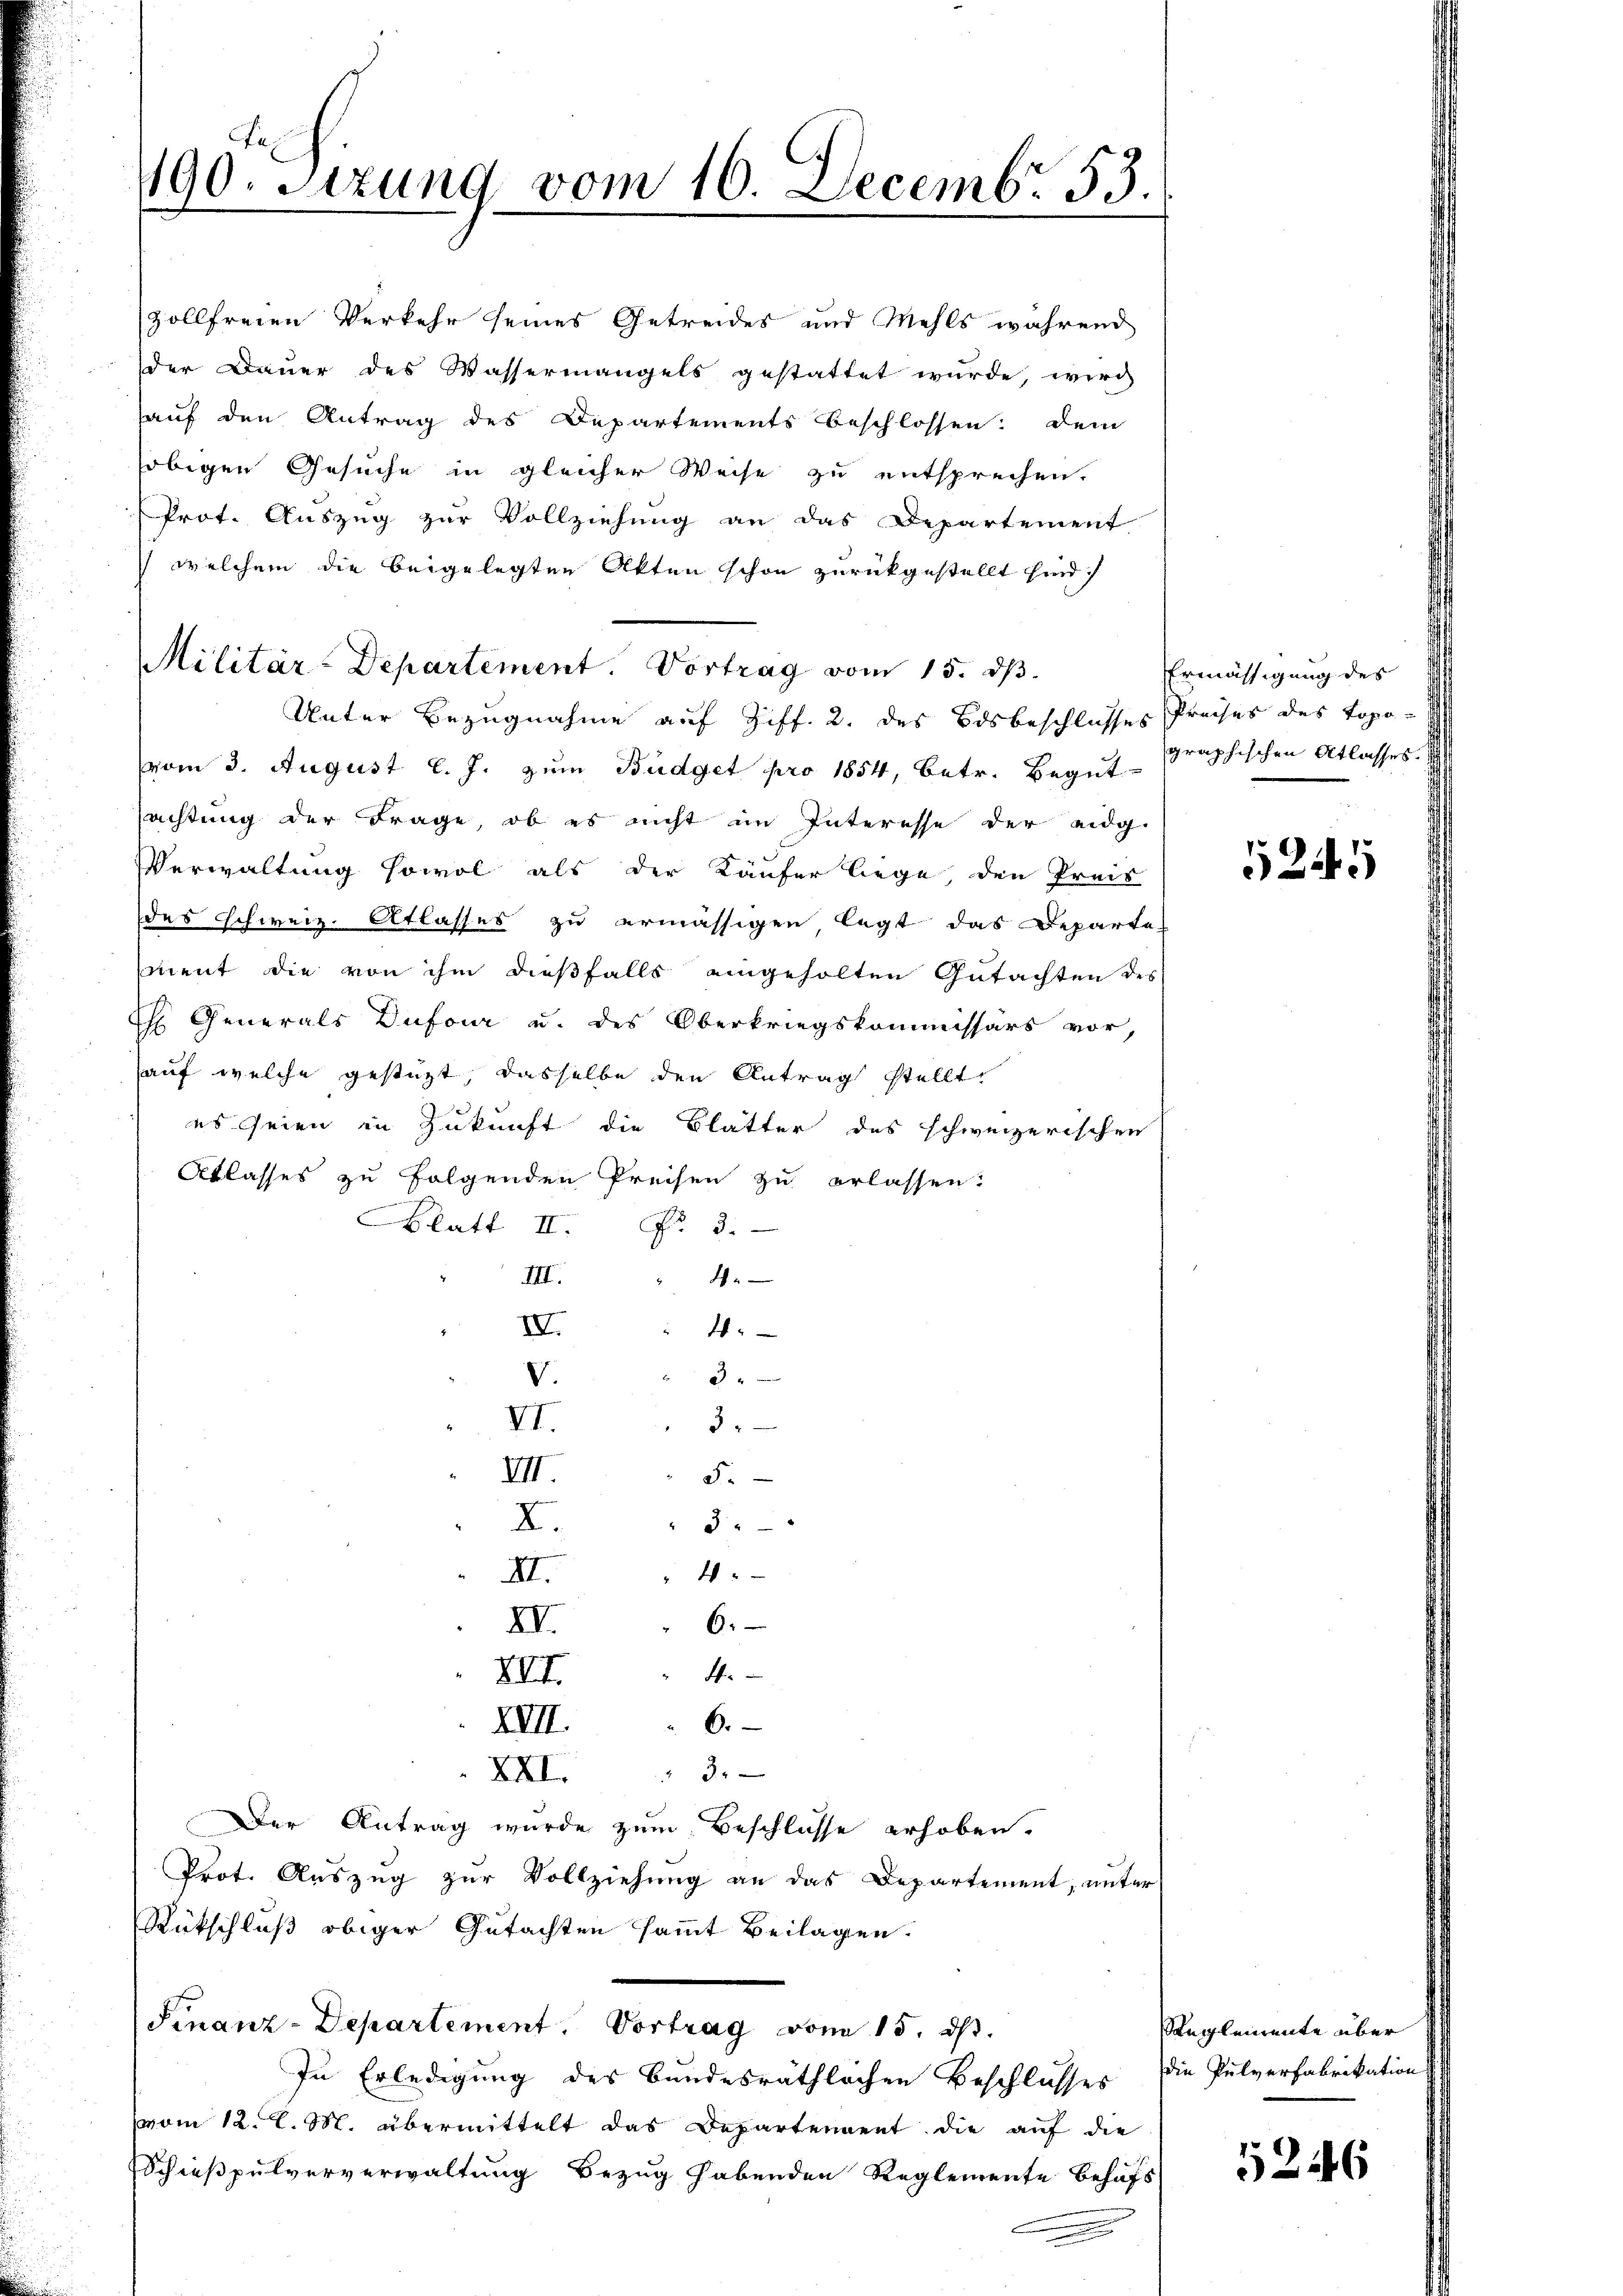
ke
190. Sitzung vom 10. Decembr. 53.

zollfreien Verkehr seines Getreides und Mehls während
der Baŭer des Wassermangels gestattet wŭrde, wird
auf den Antrag des Departements beschlossen: Dem
sobigen Gesuche in gleicher Weise zu entsprechen.
Prot. Auszug zur Vollziehung an das Departement
 welchem die beigelegten Akten schon zurückgestellt sind.
Militär-Departement. Vortrag vom 15. dβ.
Unter Bezugnahme auf Ziff. 2. des Bosbeschlusses Preises des Topovom 3. August l. J. zum Büdget pro 1854, betr. Begut-
sachtung der Frage, ob es nicht im Interesse der eidg.
Verwaltung sowol als der Käufer liege, den Preis
des Schweiz. Atlasses zu ermässigen legt das Departe
ment die von ihm dießfalls eingeholten Gutachten des
H Generals Dufour u. des Oberkriegskommissärs vor,
auf welche gestüzt, dasselbe den Antrag stellt.
es seien in Zukunft die Blätter des schweizerischen
Atlasses zu folgenden Preisen zu erlassen.
Blatt II. Fr. 3.
III.
d
IV.
4
 3
V.
VI.
3
VII.
5.
X.
3
4
II.
XI.
6.
4.
XVI.
6.
XVII.
XXI. " 3
Der Antrag wurde zum Beschlüsse erhoben.
Prot. Auszug zur Vollziehung an das Departement, unter
Rückschluß obiger Gutachten sammt Beilagen.
Finanz-Departement, Vortrag vom 15. ds.
In Erledigung des Bundesräthlichen Beschlusses die Pulverfabrikation
vom 12. d. M. übermittelt das Departendent die auf die
Schießpulververwaltung Bezug habenden Reglemente behufs

Ermässigung des
graphischen Atlasses.

Reglemente über

1245

5246